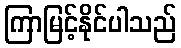
ကြာမြင့်နိုင်ပါသည်